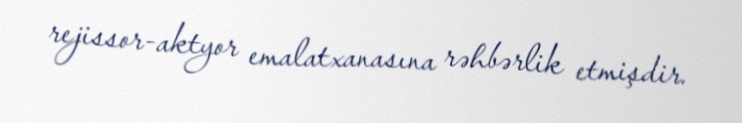
rejissor-aktyor emalatxanasına rəhbərlik etmişdir.